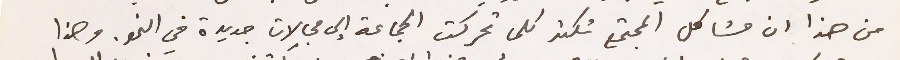
من هذا ان مشاكل المجتمع تكثر كلما تحركت الجماعة إلى مجالات جديدة في النمو. وهذا